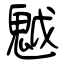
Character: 魆